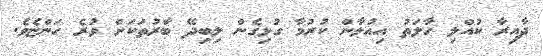
ދާއިރާ ކުއްލި ހާލަތު އިއުލާން ކުރުމާ ގުޅިގެން ލިބިދޭ ބާރުތަކަށް ވުރެ ހަންޏެވެ.